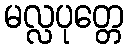
မလ္လပုတ္တေ